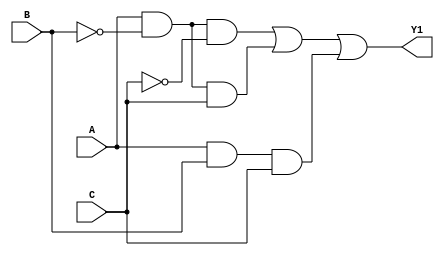
 

module EJSOP(input wire A, B, C, output wire Y1);


  wire NB, NC, A1, A2, A3;

  and (A1, A, NB, NC);
  and (A2, A, NB, C);
  and (A3, A, B, C);
  not (NB, B);
  not (NC, C);
  or  (Y1, A1, A2, A3);

endmodule

module EJPOS(input wire A, B, C, output wire Y1);


  wire NA, NB, NC, O1, O2, O3, O4, O5;

 

  and (Y1, O1, O2, O3, O4, O5);
  not (NA, A);
  not (NB, B);
  not (NC, C);
  or  (O1, A, B, C);
  or  (O2, A, B, NC);
  or  (O3, A, NB, C);
  or  (O4, A, NB, NC);
  or  (O5, NA, NB, C);

endmodule

module MKG(input wire A, B, C, output wire Y1);

  wire NB, A1, A2;

  
  and (A1, A, NB);
  and (A2, A, C);
  not (NB, B);
  or  (Y1, A1, A2);

endmodule


module SOP(input wire A, B, C, output wire Y1);

  assign Y1 = (A&~B&~C)|(A&~B&C)|(A&B&C);

endmodule

module POS(input wire A, B, C, output wire Y1);

  assign Y1 = (A|B|C)&(A|B|~C)&(A|~B|C)&(A|~B|~C)&(~A|~B|C);

endmodule


module MK(input wire A, B, C, output wire Y1);

  assign Y1 = (A&~B)|(A&C);

endmodule